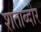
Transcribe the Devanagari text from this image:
शताब्दीर